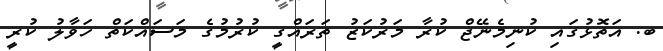
ބ. އަތޮޅުގައި ކުނިމެނޭޖް ކުރާ މަރުކަޒު ތަރައްގީ ކުރުމުގެ މަސައްކަތް ހަވާލު ކުރީ